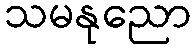
သမနုညော